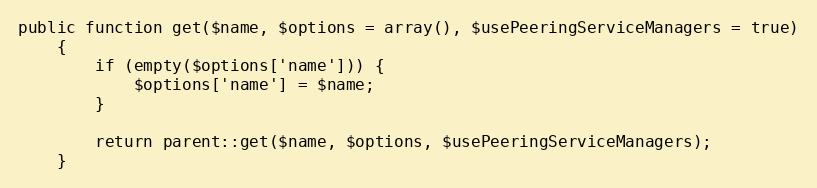
Language: PHP
public function get($name, $options = array(), $usePeeringServiceManagers = true)
    {
        if (empty($options['name'])) {
            $options['name'] = $name;
        }

        return parent::get($name, $options, $usePeeringServiceManagers);
    }